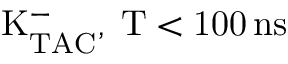
\mathrm { K _ { T A C } ^ { - } , \Delta T < 1 0 0 \, n s }